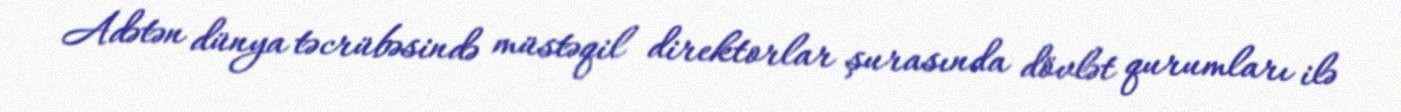
Adətən dünya təcrübəsində müstəqil direktorlar şurasında dövlət qurumları ilə